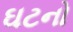
ઘટનો